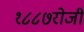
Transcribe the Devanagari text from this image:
१८८७रोजी